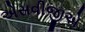
એસવીજીએ